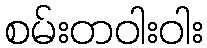
စမ်းတဝါးဝါး